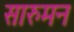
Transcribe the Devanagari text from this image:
सारुमन